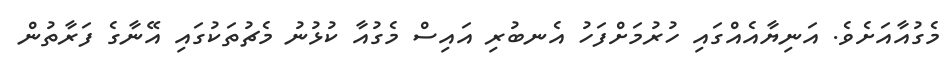
މެގުއާއަށެވެ. އަނިޔާއެއްގައި ހުރުމަށްފަހު އެނބުރި އައިސް މެގުއާ ކުޅުނު މެޗުތަކުގައި އޭނާގެ ފަރާތުން